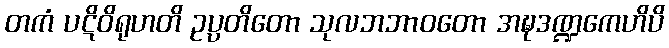
တကံ ပဋိဝိရုဟတိ ဥပ္ပတိတော သုလဘဘာဝတော အဍ္ဎဒဏ္ဍကေဟိပိ